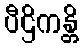
ပီဌိကန္တိ